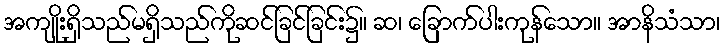
အကျိုးရှိသည်မရှိသည်ကိုဆင်ခြင်ခြင်း၌။ ဆ၊ ခြောက်ပါးကုန်သော။ အာနိသံသာ၊